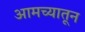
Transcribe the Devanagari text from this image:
आमच्यातून